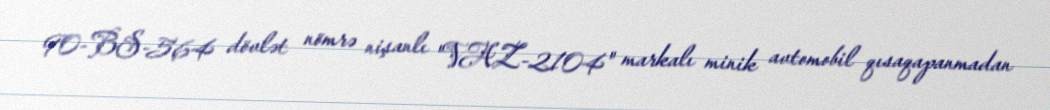
90-BS-564 dövlət nömrə nişanlı "VAZ-2104" markalı minik avtomobil qısaqapanmadan